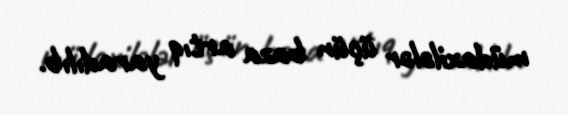
müdaxilələr üçün baza artıq yaradılıb.